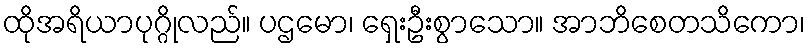
ထိုအရိယာပုဂ္ဂိုလည်။ ပဌမော၊ ရှေးဦးစွာသော။ အာဘိစေတသိကော၊